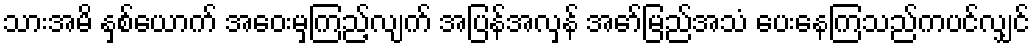
သားအမိ နှစ်ယောက် အဝေးမှကြည့်လျက် အပြန်အလှန် အော်မြည်အသံ ပေးနေကြသည်ကပင်လျှင်